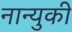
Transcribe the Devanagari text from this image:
नान्युकी